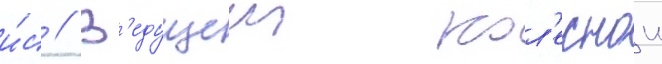
и́с // В'едущеи кол'еснои